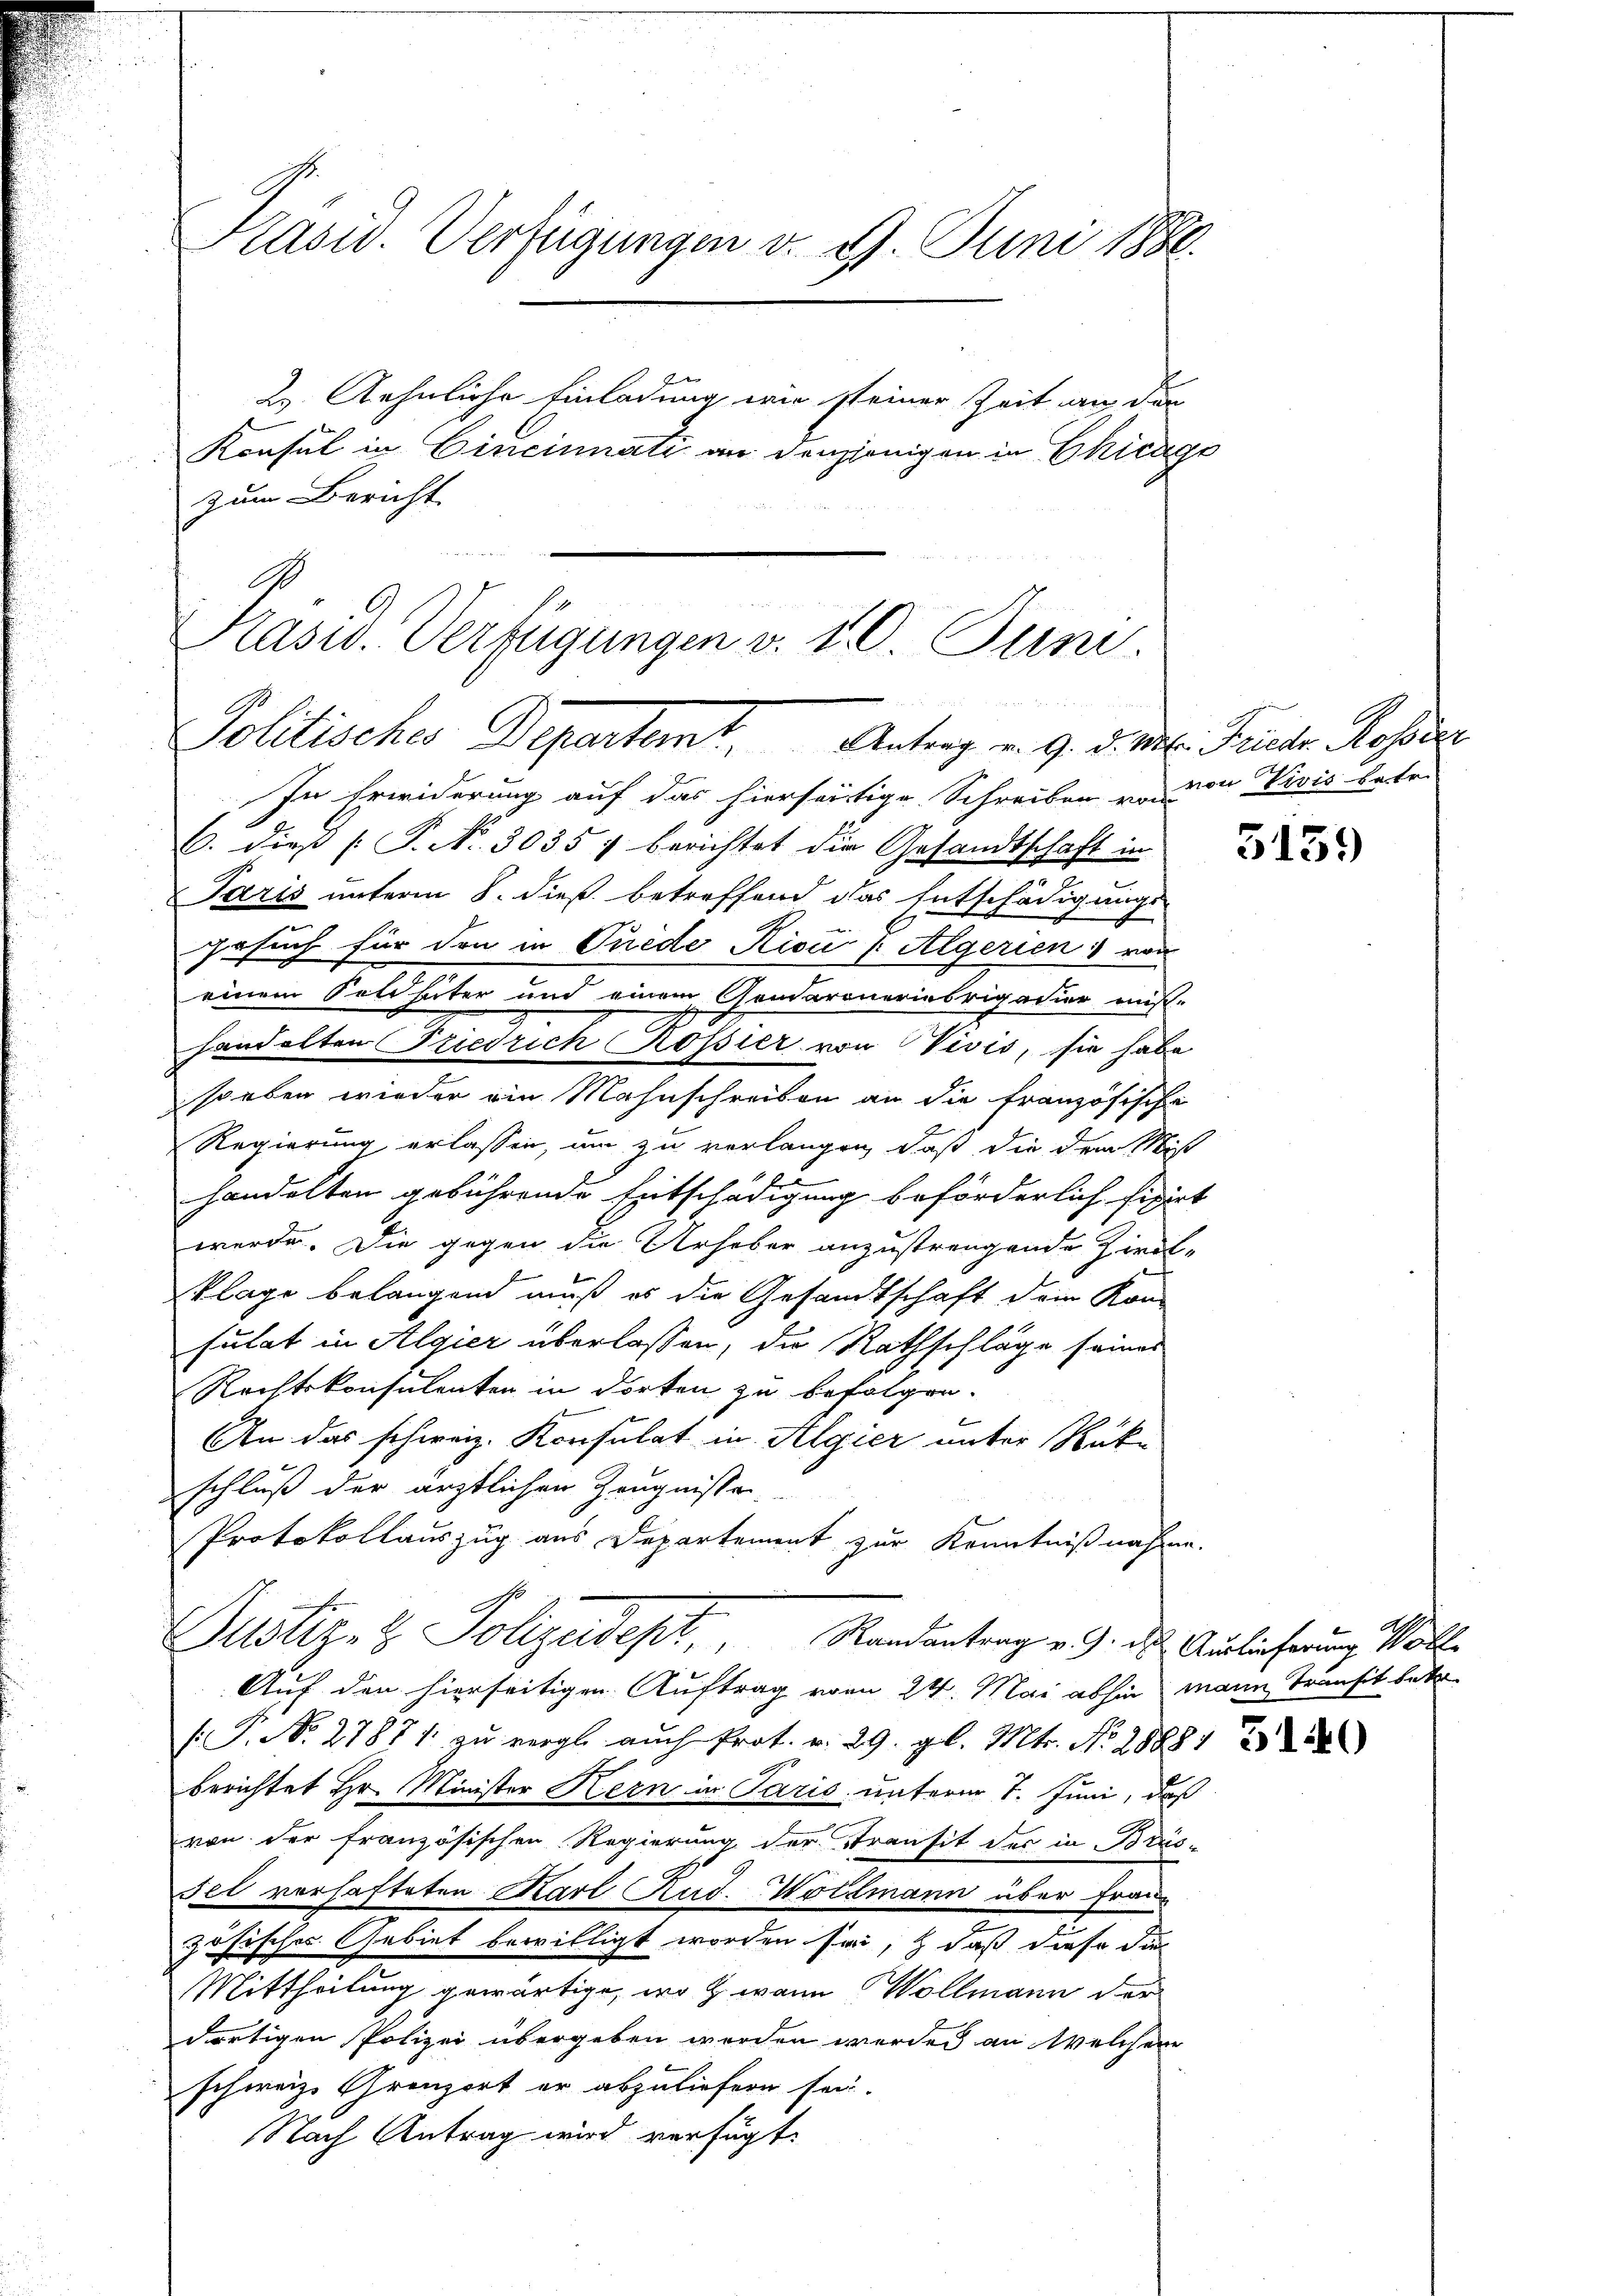
Präsid. Verfügungen v. 9. Juni 1886.
2. Aehnliche Einladung, wie steiner Zeit an den
E
Konsul in Cincinnati an denjenigen in Chicago
zum Bericht

einem Soldheiter und einem Gendarinerinsrigacier aus-
handelten Friedrich Rossier von Vivis, sie habe

Präsid. Verfügungen v. 10. Juni.

Politisches Departant. Antrag v. 9. die l. Jucker Rosse

In Erwiderung auf das hierseitige Schreiben von der Divis betr.
C. dieß P. No. 3035 : berichtet die Gesandtschaft in
Paris unterm 8. dieß betreffend das Entschädigungs-
Gesuch für den in Suide Rici P Algerien von
soeben wieder ein Mahnschreiben an die französische
Regierung erlassen, um zu verlangen, daß die dem Miß
handelten gebührende Entschädigung beförderlich fixirt
werde. Die gegen die Urheber anzustrengende Zirk-
klage belangend muß es die Gesandtschaft dem Kon
sulat in Algier überlassen, die Rathschläge seines
Rechtskonsulenten in dorten zu befolgen.
An das schweiz. Konsulat in Algier unter Rück-
schluß der ärztlichen Zeugnisse.
Protokollauszug aus Departement zur Kenntnißnahme.
Justiz- & Polizeidept, Randantrag v. 9. des Auslieferung all
Auf den hierseitigen Auftrag vom 24. Mai abhin mann Transit betr
/. P. Nr. 27871 zu vergl. auch Prot. v. 29. gl. Mts. No. 188812
berichtet Hr. Minister Kern in Paris, unterer 1. Juni, daß
von der französischen Regierung der Stransit des in Brissel verhafteten Karl Rud. Woltmann über Frau-
zösisches Gebiet bewilligt worden sei, daß diese Dir
Mittheilung gewärtige, wo z. wann Wollmann der
dortigen Polizei übergeben werden werde an welchem
schweiz. Grenzort er abzuliefern sei.
Nach Antrag wird verfügt:

5139